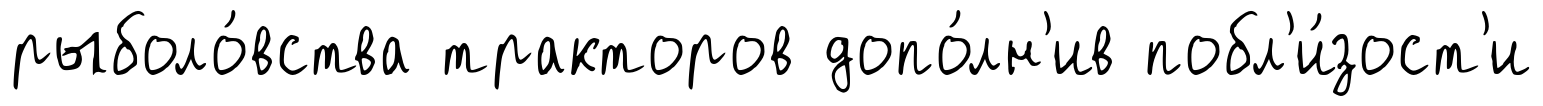
рыболо́вства тракторов допо́лн'ив побл'и́зост'и